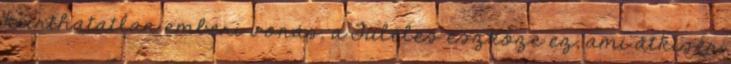
kiirthatatlan emberi vonás. a Túlélés eszköze ez, ami átkísér